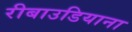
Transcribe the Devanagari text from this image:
रीबाउडियाना